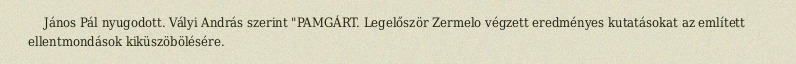
János Pál nyugodott. Vályi András szerint "PAMGÁRT. Legelőször Zermelo végzett eredményes kutatásokat az említett ellentmondások kiküszöbölésére.